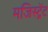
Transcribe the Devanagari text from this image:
मजिस्ट्रेंट